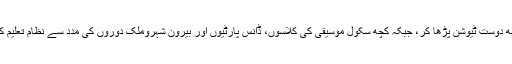
کچھ سکول بھاری فیسیں لے کر اور کچھ دوست ٹیوشن پڑھا کر، جبکہ کچھ سکول موسیقی کی کلاسوں، ڈانس پارٹیوں اور بیرون شہروملک دوروں کی مدد سے نظام تعلیم کی بلندی کی جستجو میں ڈٹے ہوئے ہیں۔